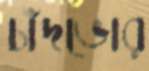
চাঁদভোর